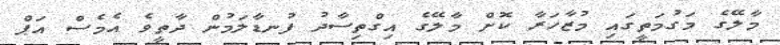
މާލޭގެ މަގުމަތީގައި މުޒާހަރާ ކޮށް މާލޭގެ އިގްތިސާދު ފުނޑާލަމުން ދާތީވެ އެމެސް އަޕް